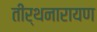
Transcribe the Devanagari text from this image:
तीर्थनारायण